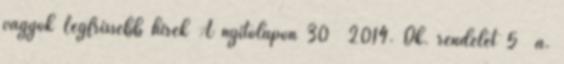
vagyok Legfrissebb hírek A nyitólapon 30 2014. Ök. rendelet 5 a.